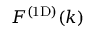
\mathinner { F ^ { \mathrm { ( 1 D ) } } \mathopen { \left( k \right) } }